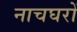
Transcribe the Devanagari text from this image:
नाचघरों